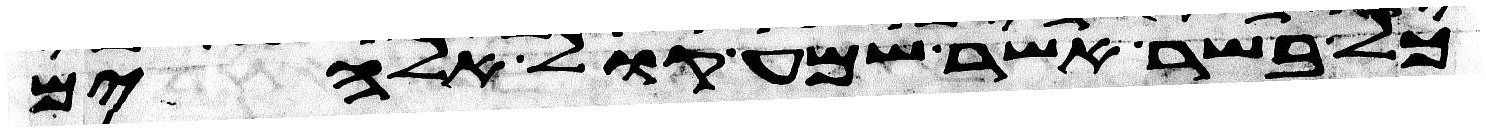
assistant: כל בשר אשר שמע קול אלהים